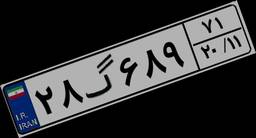
۰۰گ۶۶۷۹۳